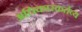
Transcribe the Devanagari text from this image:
अधिकारकर्तव्य